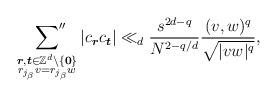
LaTeX: \begin{align*}\sideset{}{''}\sum_{\substack{\boldsymbol{r},\boldsymbol{t}\in\mathbb{Z}^d\setminus \{\boldsymbol{0}\}\\ r_{j_\beta}v=r_{j_\beta}w}}|c_{\boldsymbol{r}}c_{\boldsymbol{t}}|\ll_d\frac{s^{2d-q}}{N^{2-q/d}}\frac{(v,w)^q}{\sqrt{|vw|^q}},\end{align*}